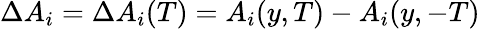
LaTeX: \Delta A_{i}=\Delta A_{i}(T)=A_{i}(y,T)-A_{i}(y,-T)